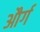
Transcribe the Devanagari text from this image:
और्ग